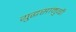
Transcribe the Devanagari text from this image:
युद्धसामुग्री